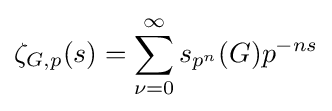
\zeta _{G,p}(s)=\sum _{\nu =0}^{\infty }s_{p^{n}}(G)p^{-ns}